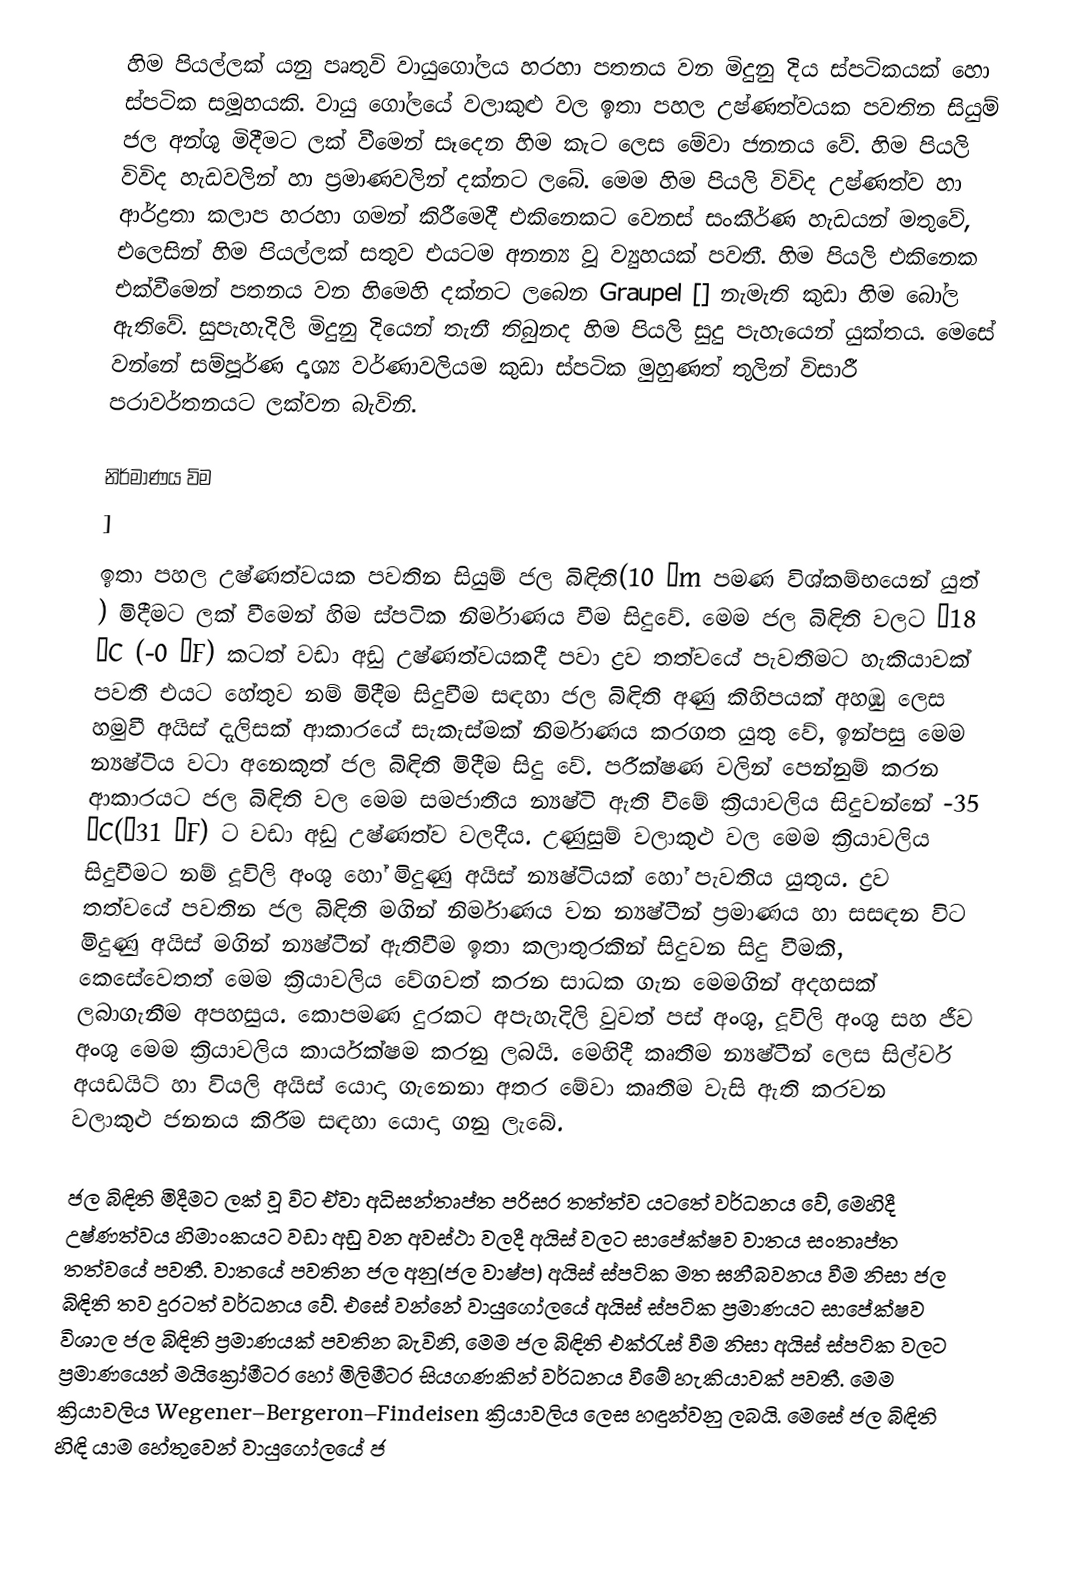
හිම පියල්ලක් යනු පෘතුවි වායුගෝලය හරහා පතනය වන මිදුනු දිය  ස්පටිකයක් හො ස්පටික සමූහයකි. වායු ගෝලයේ වලාකුළු වල ඉතා පහල උෂ්ණත්වයක පවතින සියුම් ජල අන්ශු මිදීමට ලක් වීමෙන් සෑදෙන හිම කැට  ලෙස මේවා ජනනය වේ. හිම පියලි විවිද හැඩවලින් හා ප්‍රමාණවලින් දක්නට ලබේ. මෙම හිම පියලි විවිද උෂ්ණත්ව හා ආර්ද්‍රතා කලාප හරහා ගමන් කිරීමෙදී එකිනෙකට වෙනස්  සංකීර්ණ හැඩයන් මතුවේ, එලෙසින් හිම පියල්ලක් සතුව එයටම අනන්‍ය වූ ව්‍යුහයක් පවතී. හිම පියලි එකිනෙක එක්වීමෙන් පතනය වන හිමෙහි දක්නට ලබෙන Graupel []  නැමැති කුඩා හිම බෝල ඇතිවේ. සුපැහැදිලි මිදුනු දියෙන් තැනී තිබුනද හිම පියලි සුදු පැහැයෙන් යුක්තය.  මෙසේ වන්නේ සම්පූර්ණ  දෘශ්‍ය වර්ණාවලියම කුඩා ස්පටික මුහුණත් තුලින් විසාරී පරාවර්තනයට ලක්වන බැවිනි.

නිර්මාණය විම
]
ඉතා පහල උෂ්ණත්වයක පවතින සියුම් ජල බිඳිති(10 μm පමණ විශ්කම්භයෙන් යුත් ) මිදීමට ලක් වීමෙන් හිම ස්පටික නිර්මාණය වීම සිදුවේ. මෙම ජල බිඳිති වලට −18 °C  (-0 °F) කටත් වඩා අඩු උෂ්ණත්වයකදී පවා ද්‍රව තත්වයේ පැවතීමට හැකියාවක් පවතී එයට හේතුව නම් මිදීම සිදුවීම සඳහා ජල බිඳිති අණු කිහිපයක් අහඹු ලෙස හමුවී  අයිස් දැලිසක් ආකාරයේ සැකැස්මක් නිර්මාණය කරගත යුතු වේ, ඉන්පසු මෙම න්‍යෂ්ටිය වටා අනෙකුත් ජල බිඳිති මිදීම  සිදු වේ.  පරීක්ෂණ වලින් පෙන්නුම් කරන ආකාරයට ජල බිඳිති වල මෙම සමජාතීය න්‍යෂ්ටි ඇති වීමේ ක්‍රියාවලිය සිදුවන්නේ -35 °C(−31 °F) ට වඩා අඩු උෂ්ණත්ව වලදීය. උණුසුම් වලාකුළු වල මෙම ක්‍රියාවලිය සිදුවීමට නම් දූවිලි අංශු හෝ මිදුණු අයිස් න්‍යෂ්ටියක් හෝ පැවතිය යුතුය. ද්‍රව තත්වයේ පවතින ජල බිඳිති මගින් නිර්මාණය වන න්‍යෂ්ටීන් ප්‍රමාණය හා සසඳන විට මිදුණු අයිස් මගින්  න්‍යෂ්ටීන් ඇතිවීම ඉතා කලාතුරකින් සිදුවන සිදු වීමකි, කෙසේවෙතත් මෙම ක්‍රියාවලිය වේගවත් කරන සාධක ගැන මෙමගින් අදහසක් ලබාගැනීම අපහසුය. කොපමණ දුරකට අපැහැදිලි වුවත් පස් අංශු, දූවිලි අංශු සහ ජීව අංශු මෙම ක්‍රියාවලිය කාර්යක්ෂම කරනු ලබයි. මෙහිදී කෘතීම න්‍යෂ්ටීන් ලෙස සිල්වර් අයඩයිට් හා වියලි අයිස් යොදා ගැනෙනා අතර  මේවා කෘතීම වැසි ඇති කරවන වලාකුළු ජනනය කිරීම සඳහා යොදා ගනු ලැබේ.

ජල බිඳිති මිදීමට ලක් වූ විට ඒවා අධිසන්තෘප්ත පරිසර තත්ත්ව යටතේ වර්ධනය වේ, මෙහිදී උෂ්ණත්වය හිමාංකයට වඩා අඩු වන අවස්ථා වලදී අයිස් වලට සාපේක්ෂව වාතය සංතෘප්ත තත්වයේ පවතී.  වාතයේ පවතින ජල අනු(ජල වාෂ්ප) අයිස් ස්පටික මත ඝනීබවනය වීම නිසා ජල බිඳිති තව දුරටත් වර්ධනය වේ. එසේ වන්නේ වායුගෝලයේ අයිස් ස්පටික ප්‍රමාණයට සාපේක්ෂව විශාල ජල බිඳිති ප්‍රමාණයක් පවතින බැවිනි, මෙම ජල බිඳිති එක්රැස් වීම නිසා අයිස් ස්පටික වලට ප්‍රමාණයෙන් මයික්‍රෝමීටර හෝ මිලිමීටර සියගණකින් වර්ධනය වීමේ හැකියාවක් පවතී. මෙම ක්‍රියාවලිය Wegener–Bergeron–Findeisen ක්‍රියාවලිය ලෙස හඳුන්වනු ලබයි. මෙසේ ජල බිඳිති හිඳි යාම හේතුවෙන් වායුගෝලයේ ජ